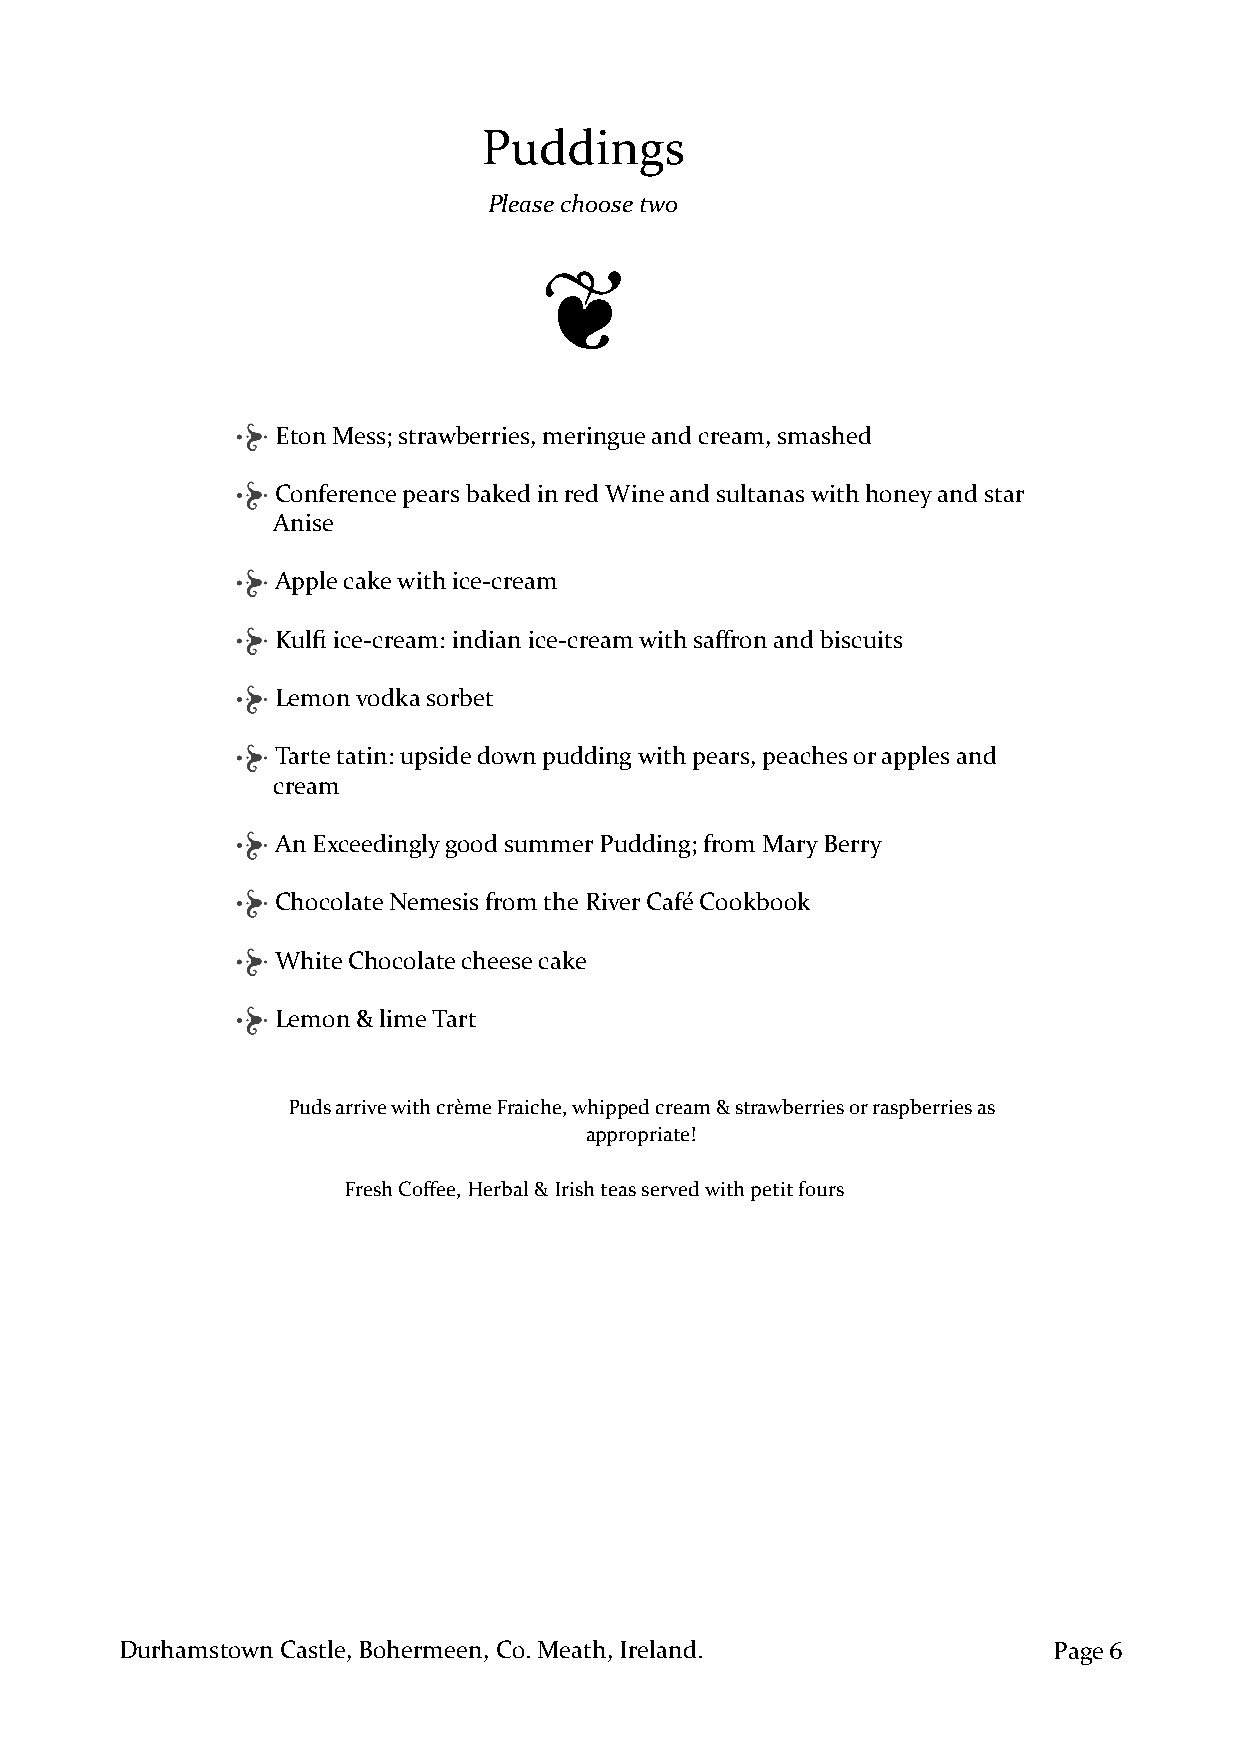
Puddings
 Please choose two
 ❦
 Eton Mess; strawberries, meringue and cream, smashed
 Conference pears baked in red Wine and sultanas with honey and star
 Anise
 Apple cake with ice-cream
 Kulfi ice-cream: indian ice-cream with saffron and biscuits
 Lemon vodka sorbet
 Tarte tatin: upside down pudding with pears, peaches or apples and
 cream
 An Exceedingly good summer Pudding; from Mary Berry
 Chocolate Nemesis from the River Café Cookbook
 White Chocolate cheese cake
 Lemon & lime Tart
 Puds arrive with crème Fraiche, whipped cream & strawberries or raspberries as
 appropriate!
 Fresh Coffee, Herbal & Irish teas served with petit fours
 Durhamstown Castle, Bohermeen, Co. Meath, Ireland.            Page 6